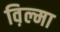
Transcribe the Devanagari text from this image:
व़िल्मा